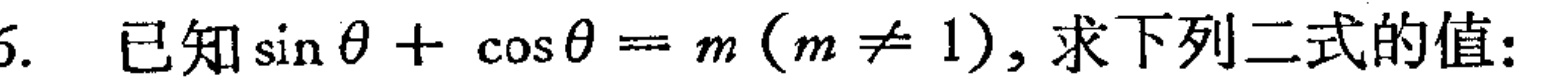
已知\(\sin\theta+\cos\theta = m(m\neq1)\)，求下列二式的值：